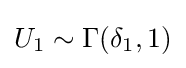
U_{1}\sim \Gamma (\delta _{1},1)